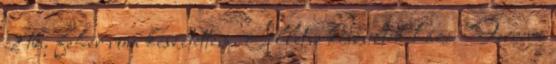
2 tk. fehér rum készítettem. Illetve készültek házi "Ferrero